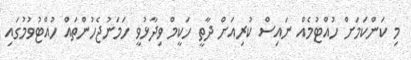
މި ކަންކަމަށް ހުއްޓުމެއް ނައިސް ކުރިއަށް ދާތީ ހަކީމް ވިދާޅުވީ ހަމަނުޖެހުންތައް ހުއްޓުވުމުގައި